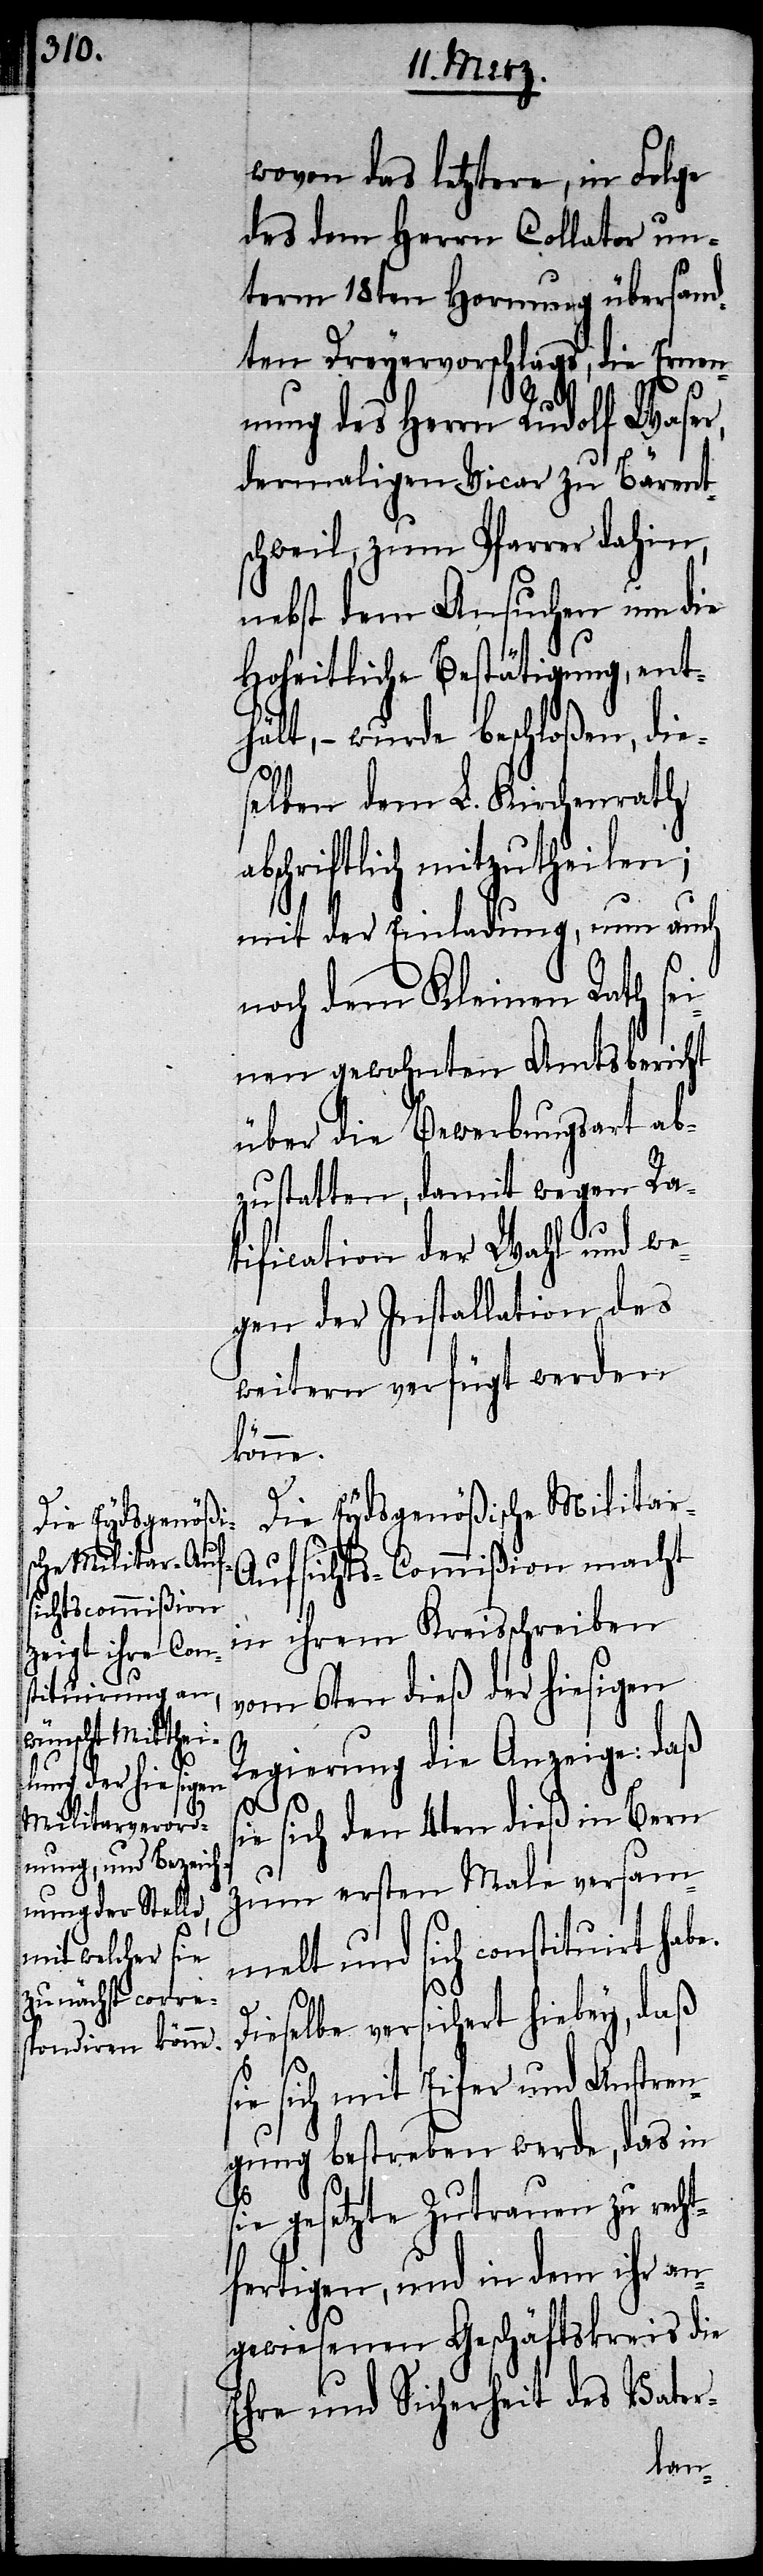
wovon das letztere, in Folge
des dem Herrn Collator un¬
term 18ten Hornung übersand¬
ten Dreyervorschlags, die Ernen¬
nung des Herrn Rudolf Waser,
dermaligen Vicar zu Bärent¬
schweil, zum Pfarrer dahin,
nebst dem Ansuchen um die
Hoheitliche Bestätigung, ent¬
hält, – wurde beschloßen, die¬
selben dem L. Kirchenrath
abschriftlich mitzutheilen;
mit der Einladung, um auch
noch dem Kleinen Rath sei¬
nen gewohnten Amtsbericht
über die Bewerbungsart ab¬
zustatten, damit wegen Ra¬
tification der Wahl und we¬
gen der Installation des
weitern verfügt werden
könne.
Die Eydsgenößische Militar-A¬
ufsichts-Commißion macht
in ihrem Kreisschreiben
vom 6ten dieß der hiesigen
Regierung die Anzeige: daß
sich den 4ten dieß in Bern
zum ersten Male versam¬
melt und sich constituirt ha¬
Dieselbe versichert hiebey, daß
sich mit Eifer und Anstren¬
gung bestreben werde, das in
sie gesetzte Zutrauen zu recht¬
fertigen, und in dem ihr an¬
gewiesenen Geschäftskreis die
Ehre und Sicherheit des Vater-
be.